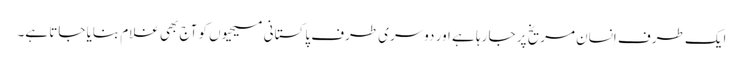
ایک طرف اِنسان مریخ پر جا رہا ہے اور دوسری طرف پاکستانی مسیحیوں کو آج بھی غلام بنایا جاتا ہے۔